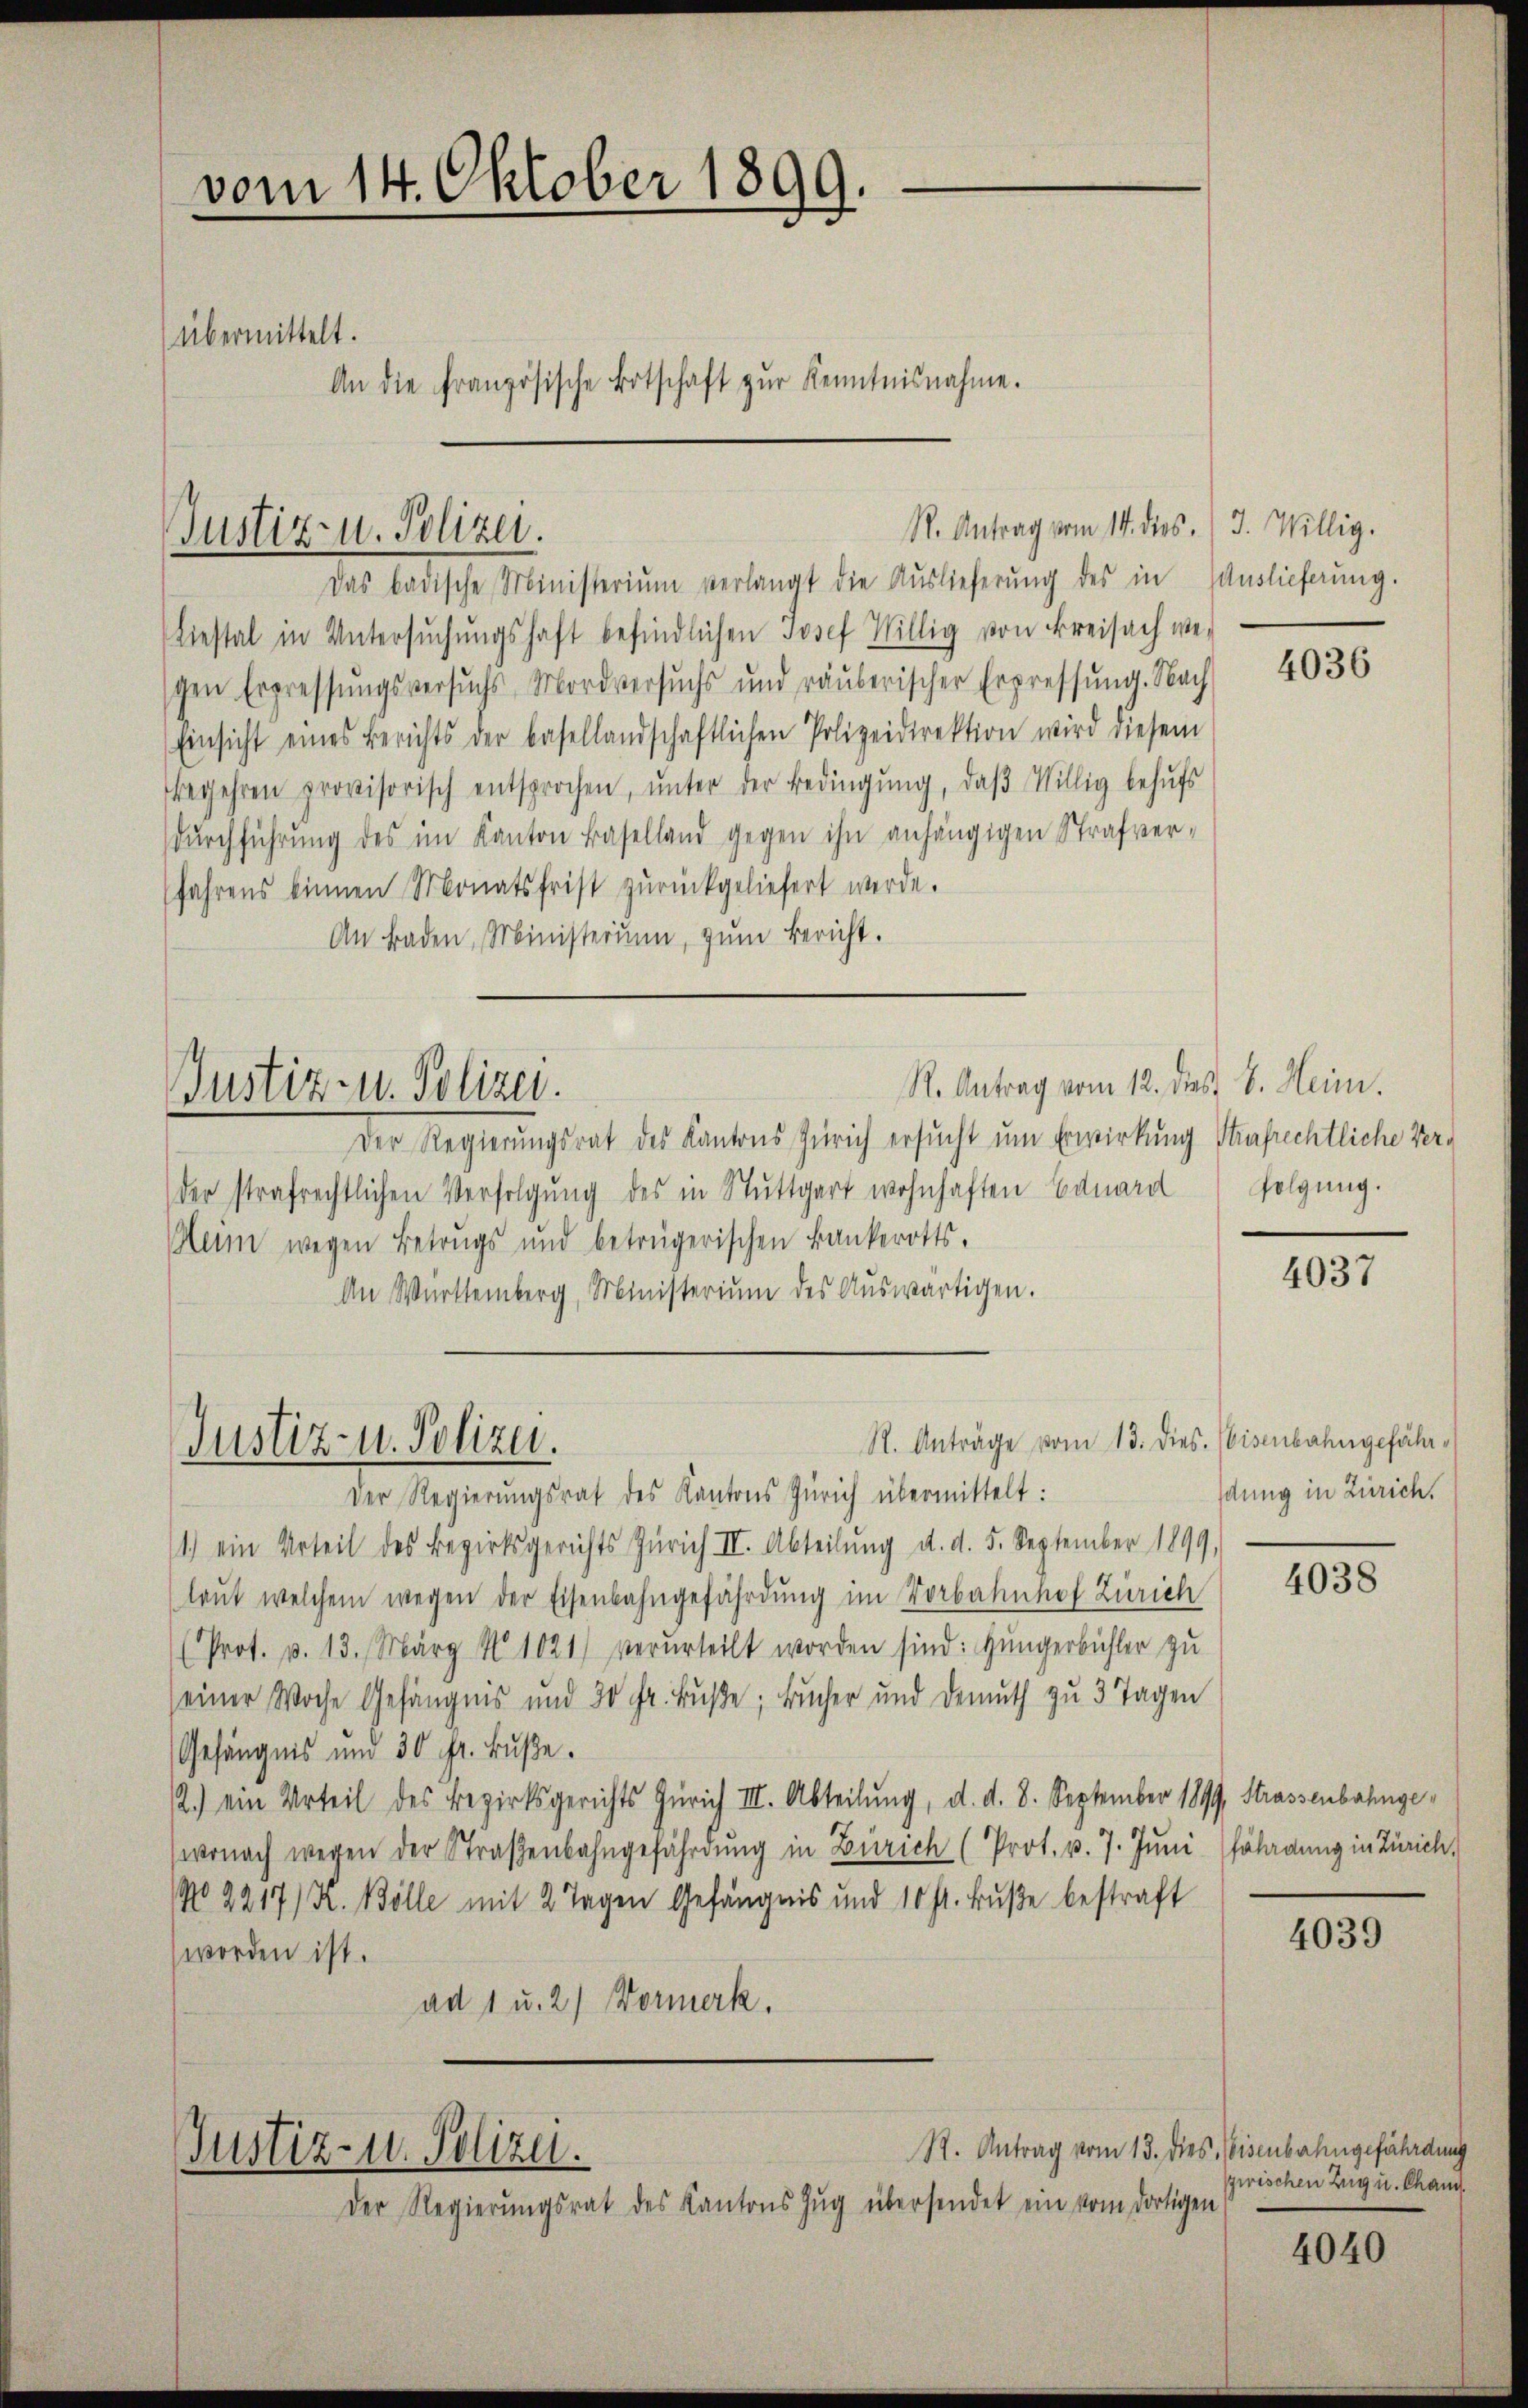
vom 14. Oktober 1899.
übermittelt.
An die französische Botschaft zŭr Kenntnisnahme.

Justiz- u. Polizei.

Das badische Ministerium verlangt die Auslieferŭng des in Auslieferung.
Liestal in Untersŭchŭngshaft befindlichen Josef Willig von Freisach we-
schen Erpressŭngsversuchs Mordversuchs und räuberischer Erpressŭng. Nach
Einsicht eines Berichts der basellandschaftlichen Polizeidirektion wird diesem
begehren provisorisch entsprochen, ŭnter der Bedingŭng, daβ Willig behŭfs
dŭrchführŭng des im Kanton Baselland gegen ihn anhängigen Strafverfahrens binnen Monatsfrist zŭrückgeliefert werde.
An Baden, Ministerim, zŭm Bericht.

Justiz- u. Polizei.

Justiz- u. Polizei.

Der Regierungsrat des Kantons Zürich ersŭcht um Erwirkung Strafrechtliche Verder strafrechtlichen Verfolgung des in Stuttgart wohnhaften Eduard folgung.
Beim wegen Betrugs und betrügerischen Bankerotts.
An Württemberg, Ministerium des Aŭswärtigen.

Justiz- u. Polizei.

Der Regierungsrat des Kantons Zürich übermittelt:
1.) ein Urteil des Bezirksgerichts Zürich III. Abteilŭng d. d. 5. September 1899.
laŭt welchem wegen der Eisenbahngefährdung im Vorbahnhof Zürich
(Prot. p. 13. März N 1021) verurteilt worden sind: Hüngerbüchler zu
seiner Woche Gefängnis und 30 Fr. Buße, Bucher und Demuth zu 3 Tagen
Gefängnis und 30 Fr. Buße.
2.) ein Urteil des Bezirksgerichts Zürich III. Abteilung, d. d. 8. September 1899, Strassenbahnge¬
(wonach wegen der Straßenbahngefährdung in Zürich (Prot. p. 7. Juni folgung in Zürich,
No 2217/ K. Bölle mit 2 Tagen Gefängnis und 10 fr. Bŭβe bestraft
worden ist.
ad 1 u. 2) Vormerk.

R. Antrag vom 14. dies. (3. Willig.

R. Antrag vom 12. dies 8. Heim.

R. Anträge vom 13. dies. Eisenbahngefähr¬

Der Regierŭngsrat des Kantons Zŭg übersendet ein vom dortigen

4036

4037

dung in Zürich.

4038

4039

R. Antrag vom 13. dies, Eisenbahngefährdung
zwischen Zug u. Chang.

4040